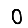
Digit: 0